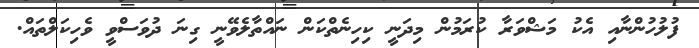
ފުލުހުންނާއި އެކު މަޝްވަރާ ކުރަމުން މިދަނީ ކިހިނެތްކަން ނައްތާލެވޭނީ ގިނަ ދުވަސްވީ ވެހިކަލްތައް.